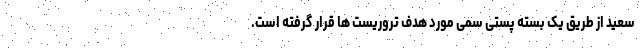
سعید از طریق یک بسته پستی سمی مورد هدف تروریست ها قرار گرفته است.